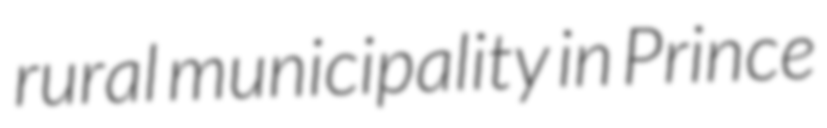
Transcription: rural municipality in Prince